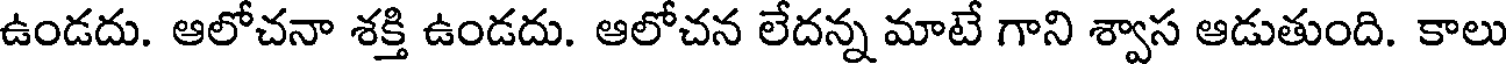
ఉండదు. ఆలోచనా శక్తి ఉండదు. ఆలోచన లేదన్న మాటే గాని శ్వాస ఆడుతుంది. కాలు